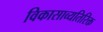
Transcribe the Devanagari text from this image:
विकासाव्यतिरिक्त